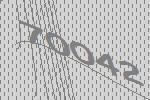
70042